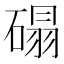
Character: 𰧒